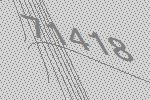
71418